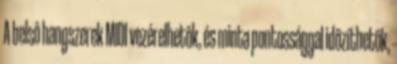
A belsô hangszerek MIDI vezérelhetôk, és minta pontossággal idôzíthetôk,